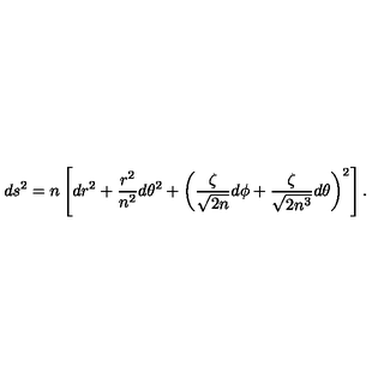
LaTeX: d s ^ { 2 } = n \left[ d r ^ { 2 } + \frac { r ^ { 2 } } { n ^ { 2 } } d \theta ^ { 2 } + \left( \frac \zeta { \sqrt { 2 n } } d \phi + \frac \zeta { \sqrt { 2 n ^ { 3 } } } d \theta \right) ^ { 2 } \right] .